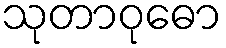
သုတာဝုဓော